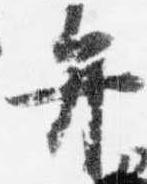
弁